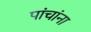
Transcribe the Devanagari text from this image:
पांचांना